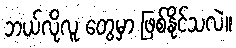
ဘယ်လိုလူ တွေမှာ ဖြစ်နိုင်သလဲ။